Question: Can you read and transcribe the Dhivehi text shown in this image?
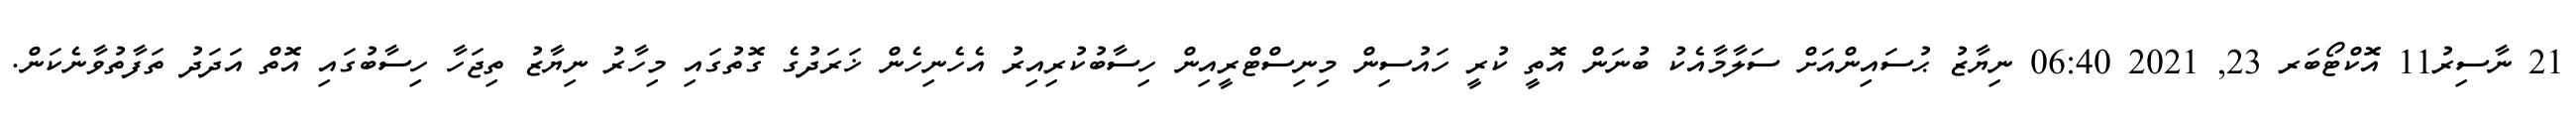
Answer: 21 ނާސިރު11 އޮކްޓޯބަރ 23, 2021 06:40 ނިޔާޒު ޙުސައިންއަށް ސަލާމާއެކު ބުނަން އޮތީ ކުރީ ހައުސިން މިނިސްޓްރީއިން ހިސާބުކުރިއިރު އެހެނިހެން ޚަރަދުގެ ގޮތުގައި މިހާރު ނިޔާޒު ތިޖަހާ ހިސާބުގައި އޮތް އަދަދު ތަފާތުވާނެކަން.